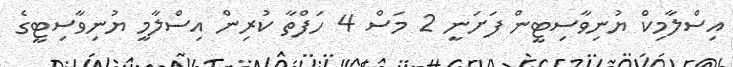
އިސްލާމިކް ޔުނިވާސިޓީން ފަށަނީ 2 މަސް 4 ހަފްތާ ކުރިން އިސްލާމީ ޔުނިވާސިޓީގެ